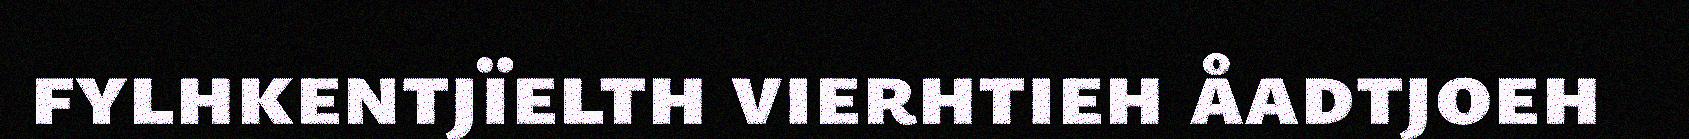
fylhkentjïelth vierhtieh åadtjoeh